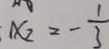
x _ { 2 } = - \frac { 1 } { 3 }